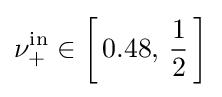
\nu _{+}^{\mathrm {in} }\in {\bigg [}\,0.48,\,{\frac {1}{2}}\,{\bigg ]}